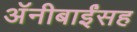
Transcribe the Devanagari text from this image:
अॅनीबाईंसह